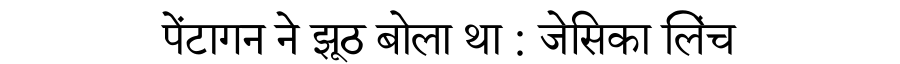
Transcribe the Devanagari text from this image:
पेंटागन ने झूठ बोला था : जेसिका लिंच